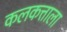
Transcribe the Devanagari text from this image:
कलकत्ताला